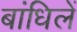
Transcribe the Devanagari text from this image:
बांधिलें